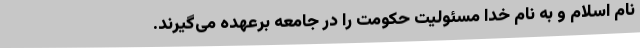
نام اسلام و به نام خدا مسئولیت حکومت را در جامعه برعهده می‌گیرند.